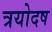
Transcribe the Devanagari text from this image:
त्रयोदष